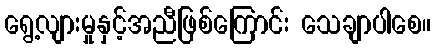
ရွေ့လျားမှုနှင့်အညီဖြစ်ကြောင်း သေချာပါစေ။